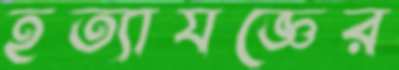
হত্যাযজ্ঞের